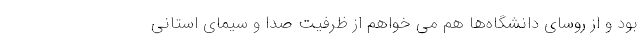
بود و از روسای دانشگاه‌ها هم می خواهم از ظرفیت صدا و سیمای استانی